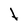
Character: t